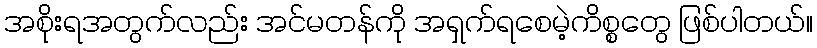
အစိုးရအတွက်လည်း အင်မတန်ကို အရှက်ရစေမဲ့ကိစ္စတွေ ဖြစ်ပါတယ်။